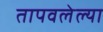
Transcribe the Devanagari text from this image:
तापवलेल्या